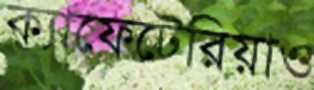
ক্যাফেটেরিয়াও